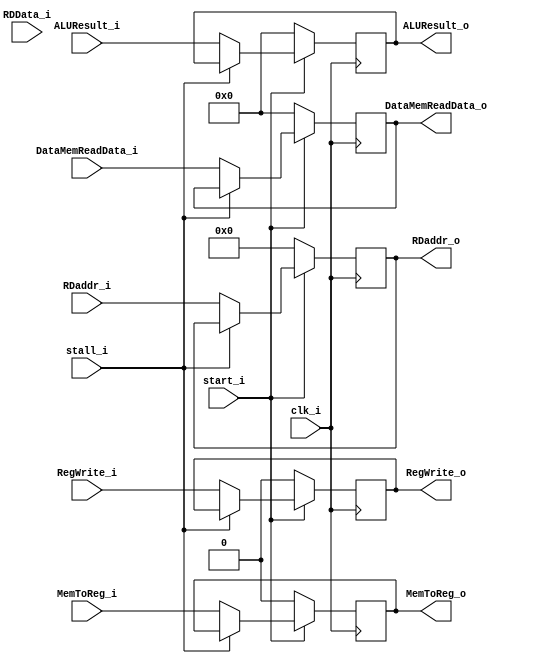
module MEM_WB
(
	clk_i,
	start_i,
	stall_i,
	RegWrite_i,
	MemToReg_i,
	ALUResult_i,
	DataMemReadData_i,
	RDData_i,
	RDaddr_i,
	ALUResult_o,
	RegWrite_o,
	MemToReg_o,
	DataMemReadData_o,
	RDaddr_o
);

input	clk_i, RegWrite_i, MemToReg_i, start_i, stall_i;
input	[31:0]	ALUResult_i, RDData_i, DataMemReadData_i;
input	[4:0]	RDaddr_i;

output	 RegWrite_o, MemToReg_o;
output	[31:0]	ALUResult_o, DataMemReadData_o;

reg	 RegWrite_o, MemToReg_o;
reg	[31:0]	ALUResult_o, DataMemReadData_o;
output reg	[4:0]	RDaddr_o;

always@(posedge clk_i) begin
	if(~start_i) begin
		ALUResult_o <= 0;
		RDaddr_o <= 0;
		RegWrite_o <= 0;
		MemToReg_o <= 0;
		DataMemReadData_o<=0;
	end
	else if (stall_i != 1) begin
		ALUResult_o <= ALUResult_i;
		RDaddr_o <= RDaddr_i;
		RegWrite_o <= RegWrite_i;
		MemToReg_o <= MemToReg_i;
		DataMemReadData_o <= DataMemReadData_i;
	end
end

endmodule